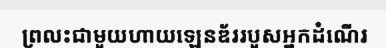
ព្រលះជាមួយហាយឡេនឌ័ររបួសអ្នកដំណើរ